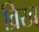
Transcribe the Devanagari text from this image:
व्रिख